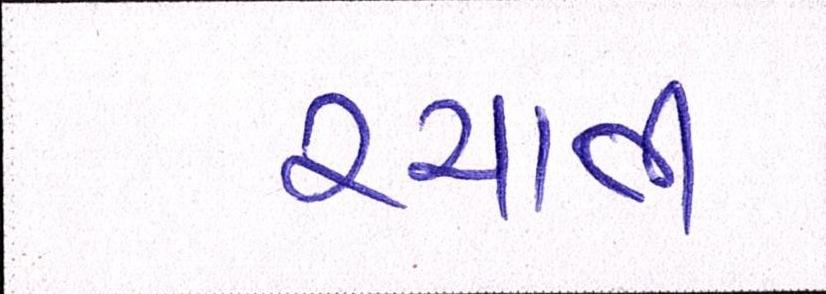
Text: રચાતી